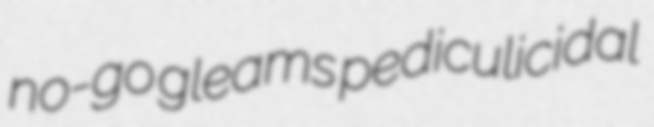
no-go gleams pediculicidal